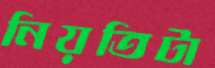
নিয়তিটা